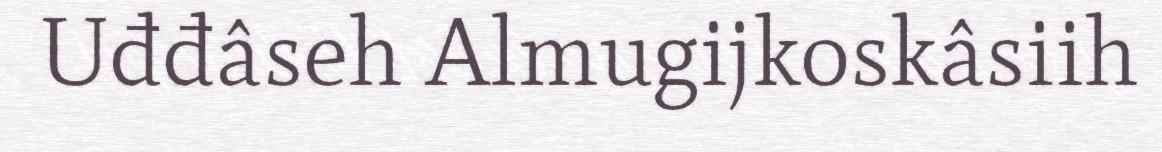
Uđđâseh Almugijkoskâsiih